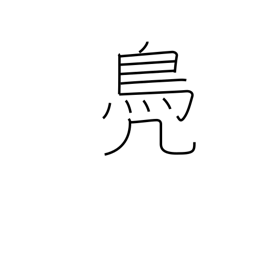
Meaning: suffix